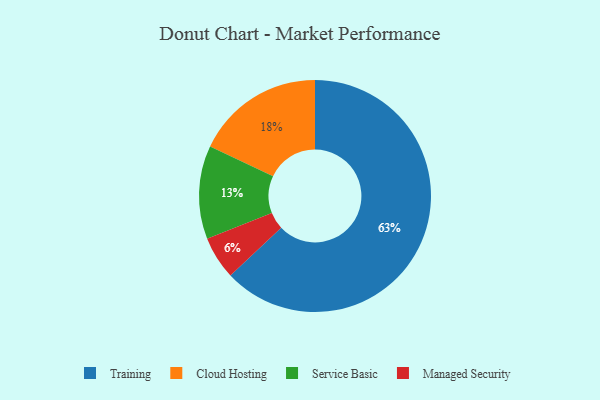
{"axis": {"x": "Category", "y": "Percentage"}, "legend": ["Cloud Hosting", "Managed Security", "Service Basic", "Training"], "data": [{"x": "Training", "y": 63, "type": "Training"}, {"x": "Cloud Hosting", "y": 18, "type": "Cloud Hosting"}, {"x": "Managed Security", "y": 6, "type": "Managed Security"}, {"x": "Service Basic", "y": 13, "type": "Service Basic"}]}